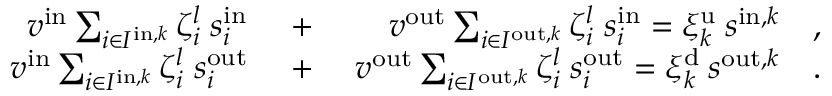
\begin{array} { r l r } { v ^ { \mathrm { i n } } \sum _ { i \in I ^ { \mathrm { i n } , k } } \zeta _ { i } ^ { l } \; s _ { i } ^ { \mathrm { i n } } \; } & { + } & { \; v ^ { \mathrm { o u t } } \sum _ { i \in I ^ { \mathrm { o u t } , k } } \zeta _ { i } ^ { l } \; s _ { i } ^ { \mathrm { i n } } = \xi _ { k } ^ { \mathrm { u } } \: s ^ { \mathrm { i n } , k } \quad , } \\ { v ^ { \mathrm { i n } } \sum _ { i \in I ^ { \mathrm { i n } , k } } \zeta _ { i } ^ { l } \; s _ { i } ^ { \mathrm { o u t } } \; } & { + } & { \; v ^ { \mathrm { o u t } } \sum _ { i \in I ^ { \mathrm { o u t } , k } } \zeta _ { i } ^ { l } \; s _ { i } ^ { \mathrm { o u t } } = \xi _ { k } ^ { \mathrm { d } } \: s ^ { \mathrm { o u t } , k } \quad . } \end{array}